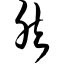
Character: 然